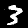
Label: 3